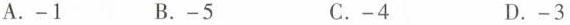
A.-1 B.-5 C.-4 D.-3